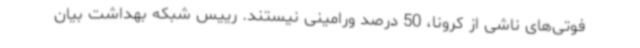
فوتی‌های ناشی از کرونا، 50 درصد ورامینی نیستند. رییس شبکه بهداشت بیان